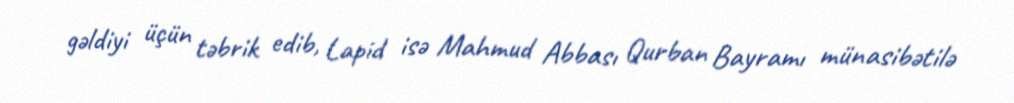
gəldiyi üçün təbrik edib, Lapid isə Mahmud Abbası Qurban Bayramı münasibətilə